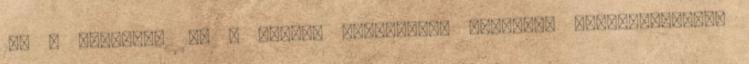
10. – december 15. – Nemesi közgyűlést tartanak Székesfehérvár